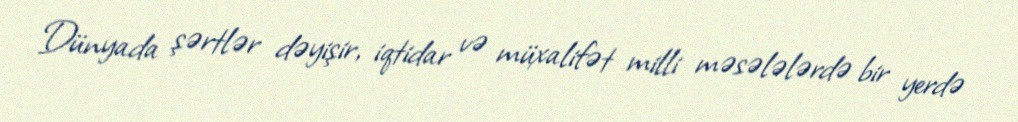
Dünyada şərtlər dəyişir, iqtidar və müxalifət milli məsələlərdə bir yerdə